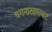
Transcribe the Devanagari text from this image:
वगनाट्यासकट